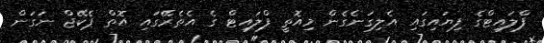
ފްލައިޓްގެ ފިޔައިގައި އެލިގަނެގެން މިއޮތީ ފްލައިޓް ގެ އެތެރޭގައި އޮތް ޕެކޭޖް ނަގަން